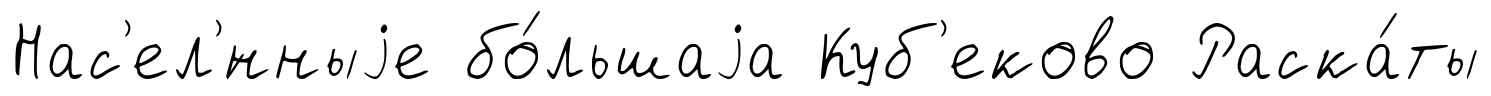
Нас'ел'́нныjе бо́льшаjа Куб'еково Раска́ты